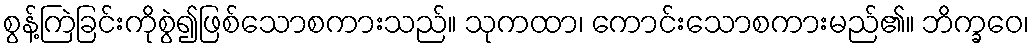
စွန့်ကြဲခြင်းကိုစွဲ၍ဖြစ်သောစကားသည်။ သုကထာ၊ ကောင်းသောစကားမည်၏။ ဘိက္ခဝေ၊